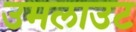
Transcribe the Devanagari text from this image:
उमलाउट